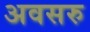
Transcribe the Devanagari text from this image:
अवसरु